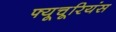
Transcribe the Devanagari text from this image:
फ्यूचूरियंस